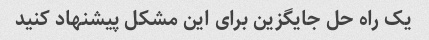
یک راه حل جایگزین برای این مشکل پیشنهاد کنید